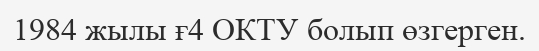
1984 жылы ғ4 ОКТУ болып өзгерген.